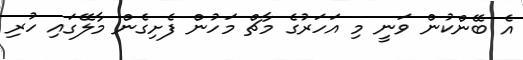
އެ ބޭންކުން ވަނީ މި އަހަރުގެ މާޗް މަހުން ފެށިގެން މާލޭގައި ހުރި